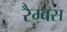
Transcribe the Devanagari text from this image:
रैम्बस